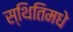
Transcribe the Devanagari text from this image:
स्थितिमधे